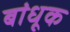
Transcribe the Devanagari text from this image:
बांधूक